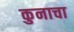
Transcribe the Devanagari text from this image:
कुनाचा